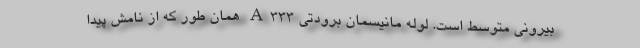
بیرونی متوسط است. لوله مانیسمان برودتی A333 همان طور که از نامش پیدا